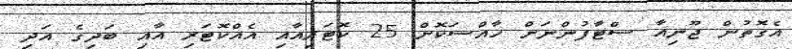
އެގޮތުން ޖޫނިއާ ސްޓާފުންނަށް ހާއްސަކޮށް 25 ކޮޓަރިއާއި އެއްކޮޓަރި އާއި ބަދިގެ އަދި